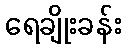
ရေချိုးခန်း